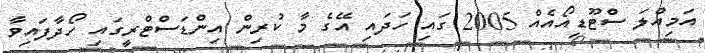
އަމިއްލަ ސްޓޫޑިއޯއެއް 2005 ގައި ހަދައި އޭގެ މާ ކުރިން އިންޑަސްޓްރީގައި ހޯދާފައިވާ